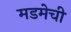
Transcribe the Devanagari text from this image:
मडमेची